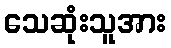
သေဆုံးသူအား